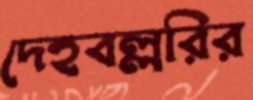
দেহবল্লরির